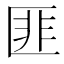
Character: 匪